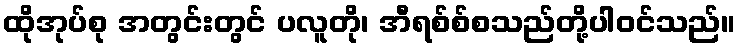
ထိုအုပ်စု အတွင်းတွင် ပလူတို၊ အီရစ်စ်စသည်တို့ပါဝင်သည်။